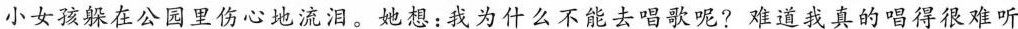
小女孩躲在公园里伤心地流泪。她想：我为什么不能去唱歌呢?难道我真的唱得很难听